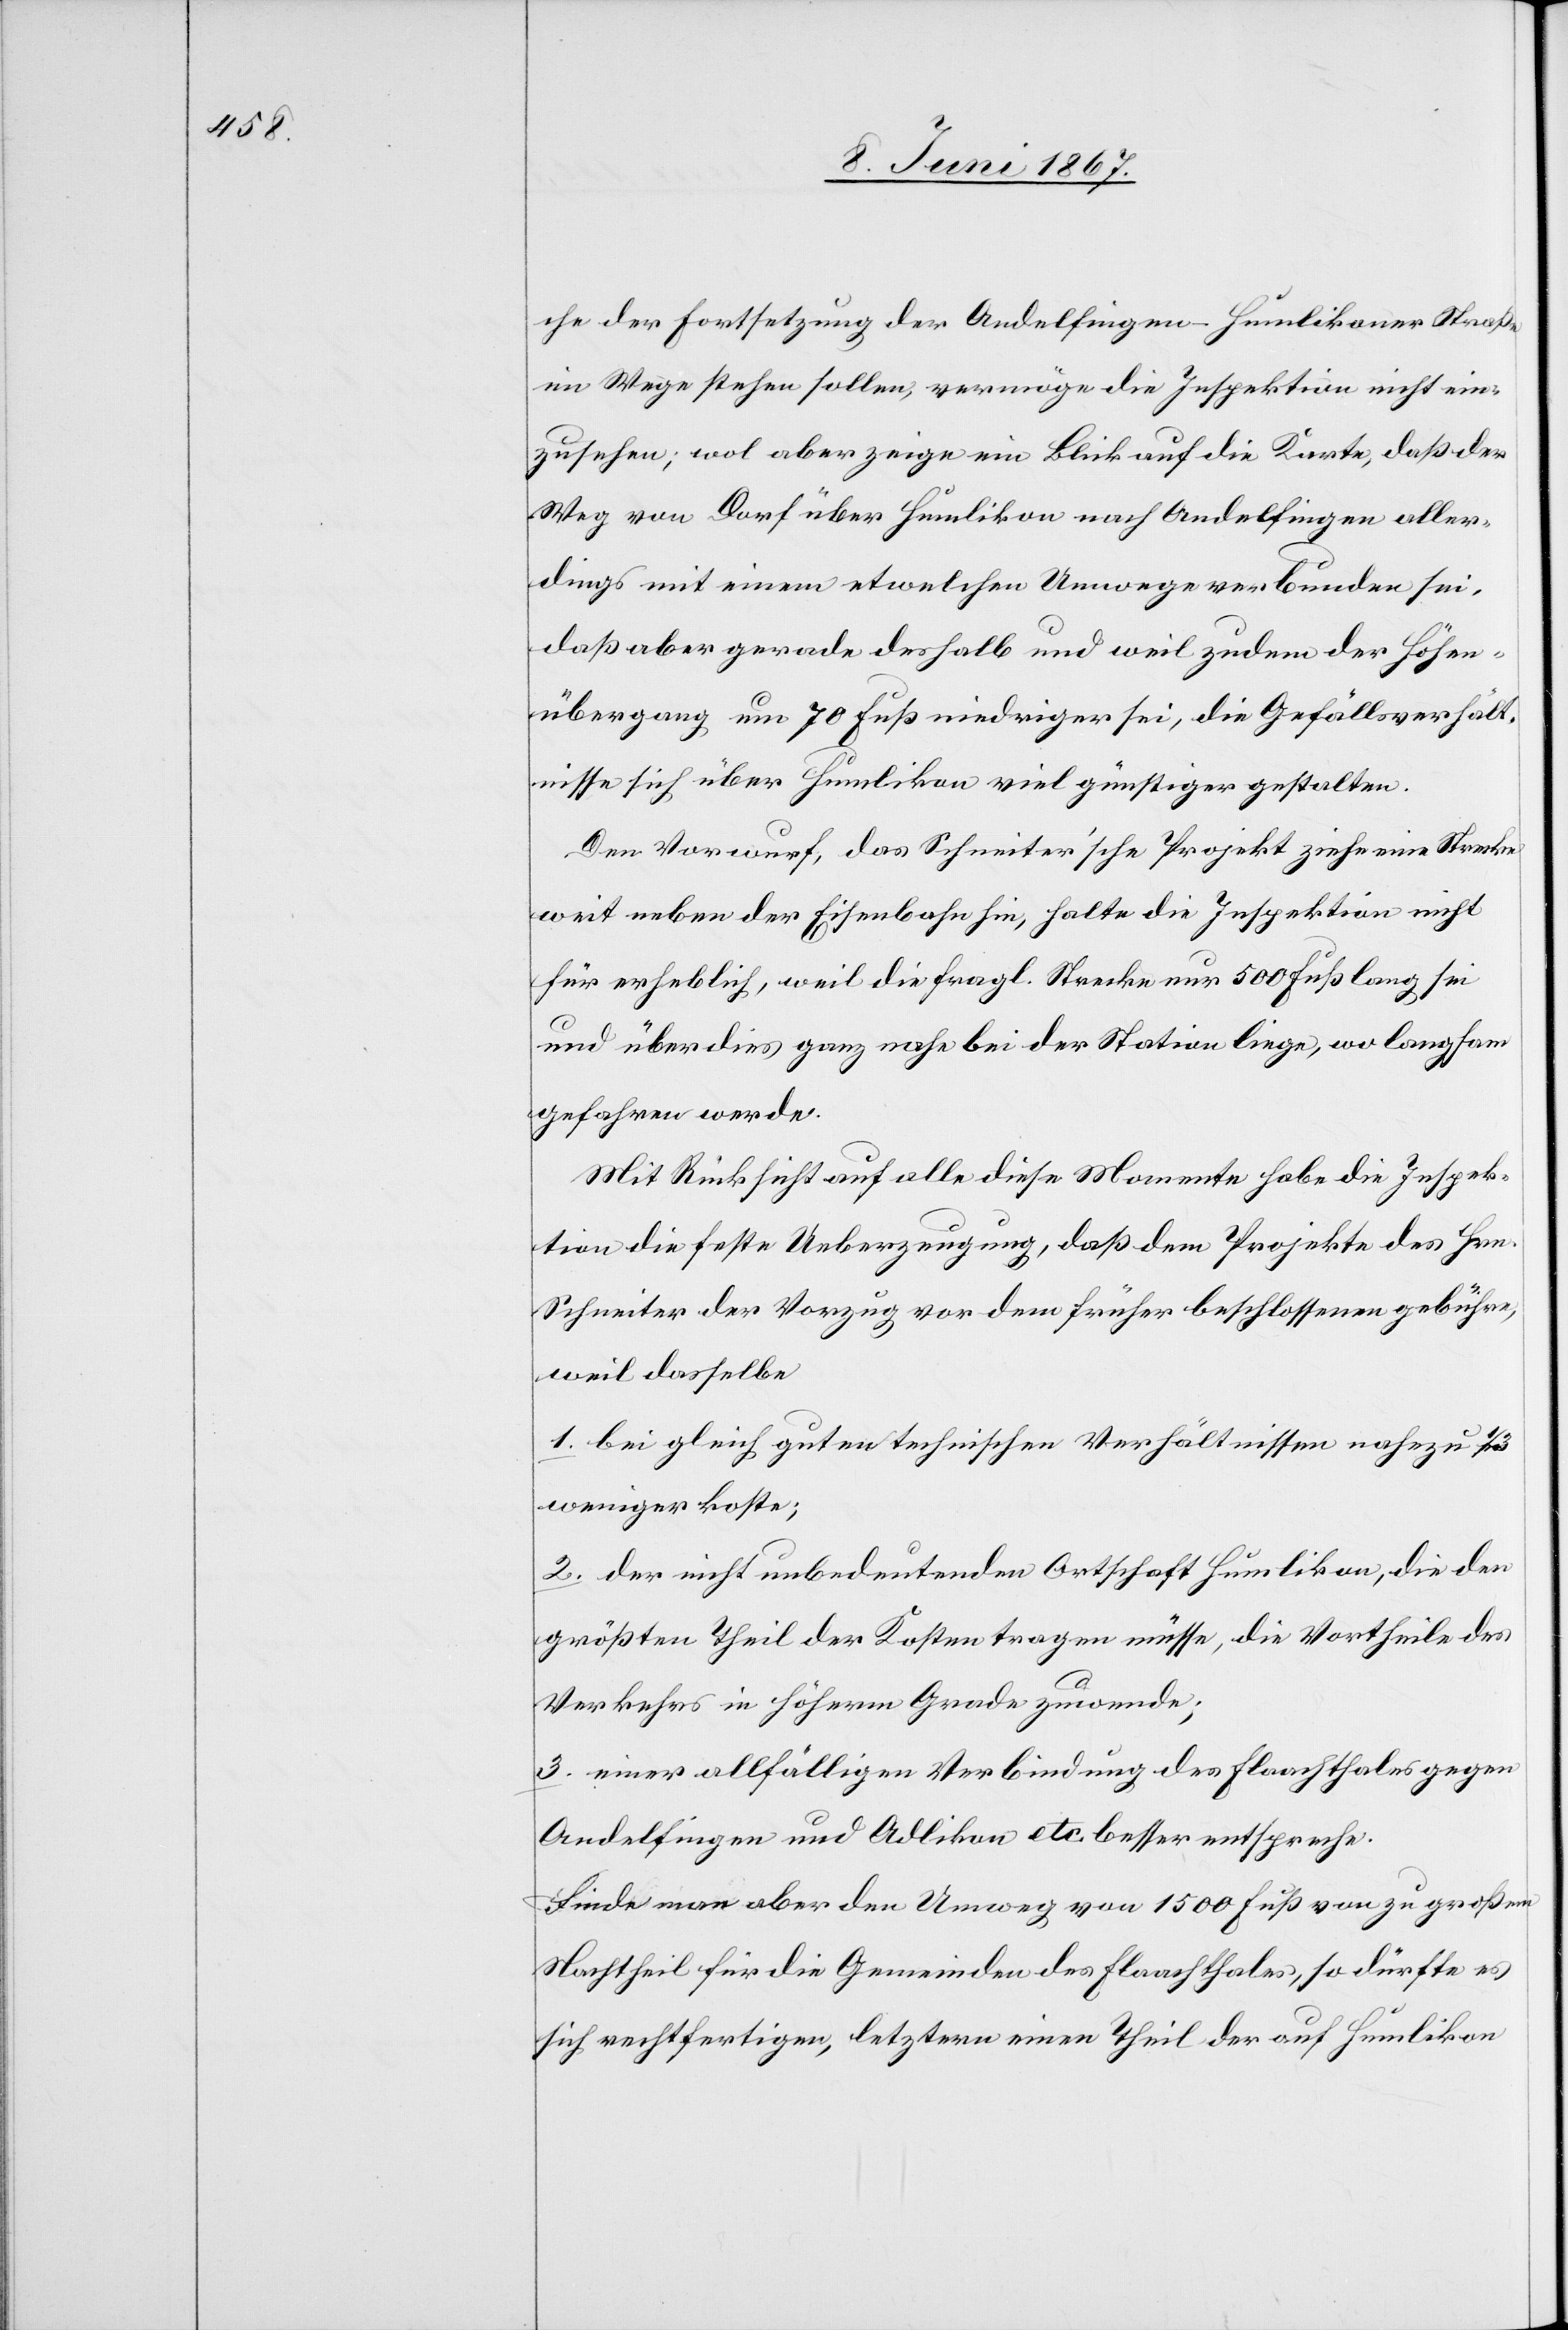
che der Fortsetzung der Andelfingen-Humlikoner Straße
im Wege stehen sollen, vermöge die Inspektion nicht ein¬
zusehen; wol aber zeige ein Blick auf die Karte, daß der
Weg von Dorf über Humlikon nach Andelfingen aller¬
dings mit einem etwelchen Umwege verbunden sei,
daß aber gerade deshalb und weil zudem der Höhen¬
übergang um 70 Fuß niedriger sei, die Gefällsverhält¬
nisse sich über Humlikon viel günstiger gestalten.
Den Vorwurf, das Schneiter’sche Projekt ziehe eine Strecke
weit neben der Eisenbahn hin, halte die Inspektion nicht
für erheblich, weil die fragl. Strecke nur 500 Fuß lang sei
und über dies ganz nahe bei der Station liege, wo langsam
gefahren werde.
Mit Rücksicht auf alle diese Momente habe die Inspek¬
tion die feste Ueberzeugung, daß dem Projekte des Hrn.
Schneiter der Vorzug vor dem früher beschlossenen gebühre,
weil dasselbe
1. bei gleich guten technischen Verhältnissen nahezu 1/3
weniger koste;
2. der nicht unbedeutenden Ortschaft Humlikon, die den
größten Theil der Kosten tragen müsse, die Vortheile des
Verkehrs in höherm Grade zuwende;
3. einer allfälligen Verbindung des Flaachthales gegen
Andelfingen und Adlikon etc. besser entspreche.
Finde man aber den Umweg von 1500 Fuß von zu großem
Nachtheil für die Gemeinden des Flaachthales, so dürfte es
sich rechtfertigen, letztern einen Theil der auf Humlikon